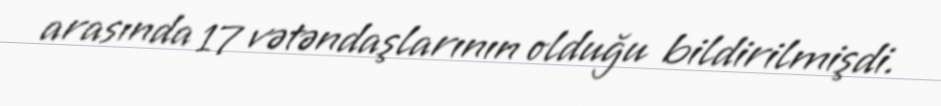
arasında 17 vətəndaşlarının olduğu bildirilmişdi.